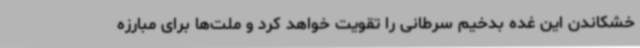
خشکاندن این غده بدخیم سرطانی را تقویت خواهد کرد و ملت‌ها برای مبارزه